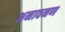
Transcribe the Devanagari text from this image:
अनावनण